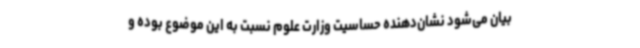
بیان می‌شود نشان‌دهنده حساسیت وزارت علوم نسبت به این موضوع بوده و